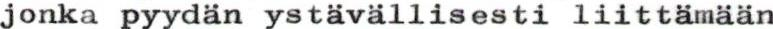
jonka pyydän ystävällisesti liittämään